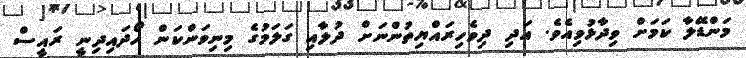
މަންޑޭލާ ކަމަށް ވިދާޅުވިއެވެ. އަދި ދިވެހިރައްޔިތުންނަށް ދުލާއި ގަލަމުގެ މިނިވަންކަން ހޯދައިދިނީ ރައީސް